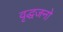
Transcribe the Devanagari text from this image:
वृद्धजनो